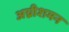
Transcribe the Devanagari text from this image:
अग्नीशमन